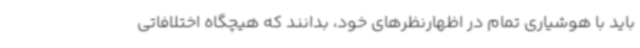
باید با هوشیاری تمام در اظهارنظرهای خود، بدانند که هیچگاه اختلافاتی